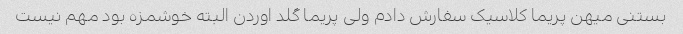
بستنی میهن پریما کلاسیک سفارش دادم ولی پریما گلد اوردن البته خوشمزه بود مهم نیست